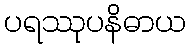
ပရဿုပနိဓာယ